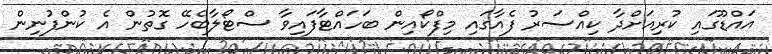
އައްޑޫގައި ކުރިއަށްދާ ކިއްސަރު ފެއާގައި މިފްކޯއިން ބަހައްޓާފައިވާ ސްޓޯލާބެހޭ ގޮތުން އެ ކުންފުނިން